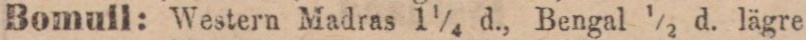
Bomull: Western Madras 1¼ d., Bengal ½ d. lägre